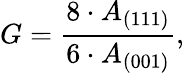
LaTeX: G=\frac{8\cdot A_{(111)}}{6\cdot A_{(001)}},